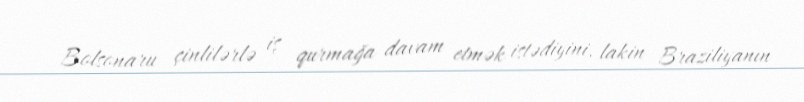
Bolsonaru çinlilərlə iş qurmağa davam etmək istədiyini, lakin Braziliyanın